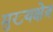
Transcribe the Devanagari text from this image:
मुख्यक्षेत्र